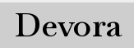
Devora